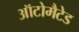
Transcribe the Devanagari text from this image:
ऑटोमैटेड